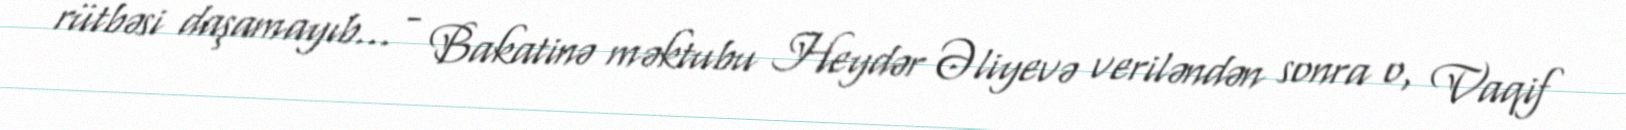
rütbəsi daşamayıb... - Bakatinə məktubu Heydər Əliyevə veriləndən sonra o, Vaqif